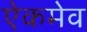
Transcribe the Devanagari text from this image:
ऐकमेव